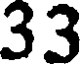
33